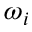
\omega _ { i }